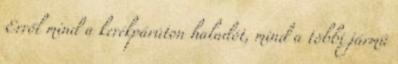
Erről mind a kerékpárúton haladót, mind a többi jármű